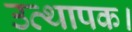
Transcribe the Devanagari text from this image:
उत्थापक।